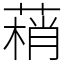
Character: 䔠